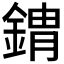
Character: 𰼾